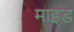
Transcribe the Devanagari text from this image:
माइड